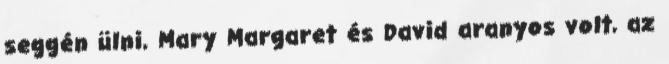
seggén ülni, Mary Margaret és David aranyos volt, az